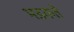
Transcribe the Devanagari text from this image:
भडकते